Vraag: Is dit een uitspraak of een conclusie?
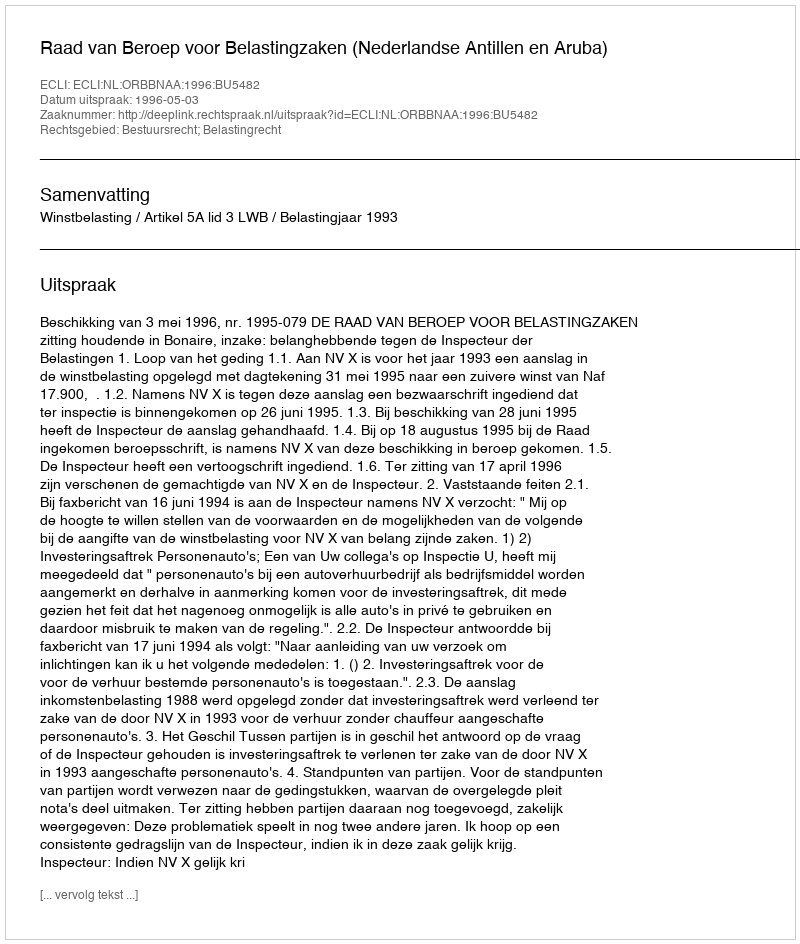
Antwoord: Uitspraak